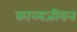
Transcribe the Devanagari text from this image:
काव्यजीवन